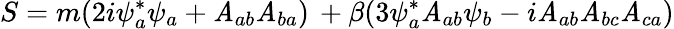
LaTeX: S=m(2i\psi_{a}^{*}\psi_{a}+\mathit{A}_{ab}\mathit{A}_{ba})\, +\beta(3\psi_{a}^{*}\mathit{A}_{ab}\psi_{b}-i\mathit{A}_{ab}\mathit{A}_{bc}\mathit{A}_{ca})